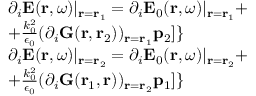
\begin{array} { r l } & { \partial _ { i } \mathbf { E } ( \mathbf { r } , \omega ) | _ { \mathbf { r } = \mathbf { r } _ { 1 } } = \partial _ { i } \mathbf { E } _ { 0 } ( \mathbf { r } , \omega ) | _ { \mathbf { r } = \mathbf { r } _ { 1 } } + } \\ & { + \frac { k _ { 0 } ^ { 2 } } { \epsilon _ { 0 } } ( \partial _ { i } \mathbf { G } ( \mathbf { r } , \mathbf { r } _ { 2 } ) ) _ { \mathbf { r } = \mathbf { r } _ { 1 } } \mathbf { p } _ { 2 } ] \} } \\ & { \partial _ { i } \mathbf { E } ( \mathbf { r } , \omega ) | _ { \mathbf { r } = \mathbf { r } _ { 2 } } = \partial _ { i } \mathbf { E } _ { 0 } ( \mathbf { r } , \omega ) | _ { \mathbf { r } = \mathbf { r } _ { 2 } } + } \\ & { + \frac { k _ { 0 } ^ { 2 } } { \epsilon _ { 0 } } ( \partial _ { i } \mathbf { G } ( \mathbf { r } _ { 1 } , \mathbf { r } ) ) _ { \mathbf { r } = \mathbf { r } _ { 2 } } \mathbf { p } _ { 1 } ] \} } \end{array}